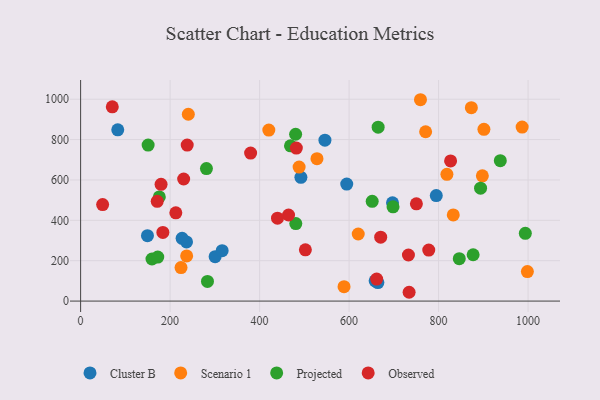
{"axis": {"x": "Experience", "y": "Fuel Efficiency"}, "legend": ["Cluster B", "Observed", "Projected", "Scenario 1"], "data": [{"x": "492.3", "y": 613.2, "type": "Cluster B"}, {"x": "300.6", "y": 219.8, "type": "Cluster B"}, {"x": "794.8", "y": 522.6, "type": "Cluster B"}, {"x": "664.3", "y": 91.9, "type": "Cluster B"}, {"x": "236.7", "y": 293.0, "type": "Cluster B"}, {"x": "658.2", "y": 100.1, "type": "Cluster B"}, {"x": "594.7", "y": 579.8, "type": "Cluster B"}, {"x": "149.4", "y": 324.1, "type": "Cluster B"}, {"x": "83.0", "y": 848.5, "type": "Cluster B"}, {"x": "226.8", "y": 310.7, "type": "Cluster B"}, {"x": "546.0", "y": 797.3, "type": "Cluster B"}, {"x": "697.0", "y": 487.2, "type": "Cluster B"}, {"x": "316.3", "y": 249.8, "type": "Cluster B"}, {"x": "986.7", "y": 861.8, "type": "Scenario 1"}, {"x": "528.2", "y": 705.4, "type": "Scenario 1"}, {"x": "420.6", "y": 847.0, "type": "Scenario 1"}, {"x": "998.4", "y": 146.3, "type": "Scenario 1"}, {"x": "488.3", "y": 663.7, "type": "Scenario 1"}, {"x": "832.8", "y": 426.7, "type": "Scenario 1"}, {"x": "901.3", "y": 850.7, "type": "Scenario 1"}, {"x": "873.2", "y": 957.9, "type": "Scenario 1"}, {"x": "224.4", "y": 165.8, "type": "Scenario 1"}, {"x": "897.8", "y": 620.3, "type": "Scenario 1"}, {"x": "759.5", "y": 997.5, "type": "Scenario 1"}, {"x": "240.7", "y": 925.6, "type": "Scenario 1"}, {"x": "818.6", "y": 628.1, "type": "Scenario 1"}, {"x": "588.7", "y": 71.3, "type": "Scenario 1"}, {"x": "771.0", "y": 838.8, "type": "Scenario 1"}, {"x": "237.0", "y": 223.8, "type": "Scenario 1"}, {"x": "620.4", "y": 332.3, "type": "Scenario 1"}, {"x": "159.5", "y": 208.5, "type": "Projected"}, {"x": "877.2", "y": 229.6, "type": "Projected"}, {"x": "893.8", "y": 559.5, "type": "Projected"}, {"x": "281.2", "y": 656.4, "type": "Projected"}, {"x": "172.4", "y": 217.9, "type": "Projected"}, {"x": "469.0", "y": 769.3, "type": "Projected"}, {"x": "846.2", "y": 210.2, "type": "Projected"}, {"x": "175.9", "y": 516.0, "type": "Projected"}, {"x": "698.2", "y": 466.7, "type": "Projected"}, {"x": "664.9", "y": 861.5, "type": "Projected"}, {"x": "480.9", "y": 383.9, "type": "Projected"}, {"x": "651.6", "y": 494.0, "type": "Projected"}, {"x": "993.8", "y": 335.7, "type": "Projected"}, {"x": "480.5", "y": 826.4, "type": "Projected"}, {"x": "283.5", "y": 97.2, "type": "Projected"}, {"x": "150.9", "y": 772.6, "type": "Projected"}, {"x": "937.9", "y": 695.7, "type": "Projected"}, {"x": "661.6", "y": 108.9, "type": "Observed"}, {"x": "482.1", "y": 757.9, "type": "Observed"}, {"x": "49.2", "y": 478.1, "type": "Observed"}, {"x": "464.7", "y": 426.4, "type": "Observed"}, {"x": "179.8", "y": 578.2, "type": "Observed"}, {"x": "734.1", "y": 43.6, "type": "Observed"}, {"x": "238.2", "y": 772.7, "type": "Observed"}, {"x": "379.9", "y": 733.1, "type": "Observed"}, {"x": "212.8", "y": 437.2, "type": "Observed"}, {"x": "778.0", "y": 252.5, "type": "Observed"}, {"x": "826.8", "y": 694.4, "type": "Observed"}, {"x": "183.8", "y": 340.1, "type": "Observed"}, {"x": "440.0", "y": 410.5, "type": "Observed"}, {"x": "171.2", "y": 494.0, "type": "Observed"}, {"x": "230.3", "y": 604.8, "type": "Observed"}, {"x": "502.3", "y": 253.7, "type": "Observed"}, {"x": "732.6", "y": 228.2, "type": "Observed"}, {"x": "750.4", "y": 481.6, "type": "Observed"}, {"x": "670.6", "y": 316.4, "type": "Observed"}, {"x": "70.8", "y": 962.4, "type": "Observed"}]}